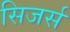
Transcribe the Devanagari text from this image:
सिजर्स